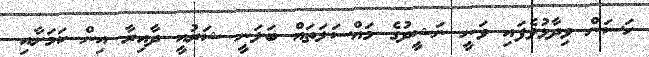
ހަސަން ވިދާޅުވެފައި ވަނީ ނަޝީދުގެ މައްސަލަތައް ބަލަނީ ޝަރުއީ ދާއިރާ އިން ކަމަށާއި